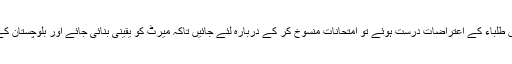
مقررین کا مزید کہنا تھا کہ اگر اس میں طلباء کے اعتراضات درست ہوئے تو امتحانات منسوخ کر کے دربارہ لئے جائیں تاکہ میرٹ کو یقینی بنائی جائے اور بلوچستان کے ہونہار طلباء کو ان کا جائز حق ملے۔